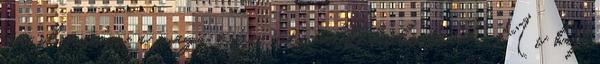
jár ilyesmin a maga esze, vén alkoholista? Mi baj